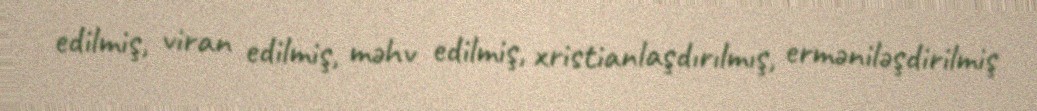
edilmiş, viran edilmiş, məhv edilmiş, xristianlaşdırılmış, erməniləşdirilmiş